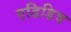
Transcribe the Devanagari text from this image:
एडिडिव